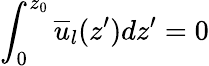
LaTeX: \int_{0}^{z_{0}}\overline{{u}}_{l}(z^{\prime})dz^{\prime}=0